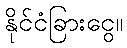
နိုင်ငံခြားငွေ။